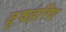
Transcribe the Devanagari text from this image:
वृषहरिण